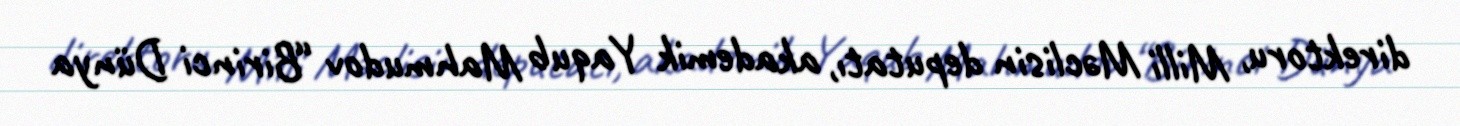
direktoru, Milli Məclisin deputatı, akademik Yaqub Mahmudov “Birinci Dünya